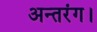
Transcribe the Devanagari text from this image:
अन्तरंग।